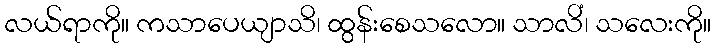
လယ်ရာကို။ ကသာပေယျာသိ၊ ထွန်းစေသလော။ သာလိံ၊ သလေးကို။